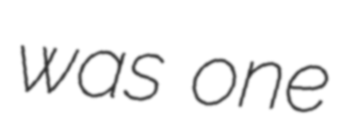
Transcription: was one